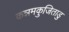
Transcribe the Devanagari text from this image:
कन्नमकुजिताडु